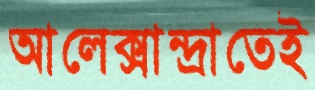
আলেক্সান্দ্রাতেই